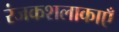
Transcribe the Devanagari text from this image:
रंजकशलाकाएँ